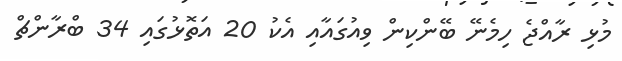
މުޅި ރާއްޖެ ހިމެނޭ ބޭންކިން ވިއުގައާއި އެކު 20 އަތޮޅުގައި 34 ބްރާންޗް